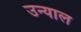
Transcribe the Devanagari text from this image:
उन्याल